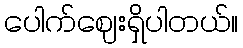
ပေါက်ဈေးရှိပါတယ်။